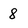
Character: 8